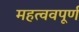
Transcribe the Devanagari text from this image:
महत्ववपूर्ण